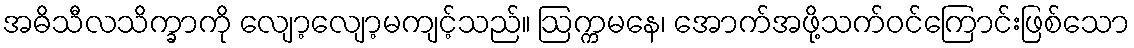
အဓိသီလသိက္ခာကို လျော့လျော့မကျင့်သည်။ ဩက္ကမနေ၊ အောက်အဖို့သက်ဝင်ကြောင်းဖြစ်သော